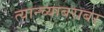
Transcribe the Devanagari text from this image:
त्यान्च्याबराबर